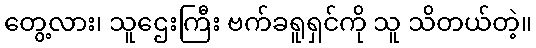
တွေ့လား၊ သူဌေးကြီး ဗက်ခရူရှင်ကို သူ သိတယ်တဲ့။